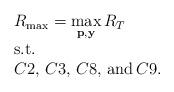
LaTeX: \begin{align*}\begin{array}{l}R_{\max}=\mathop {\max }\limits_{{\bf p},{\bf y}} {R_T}\\{\rm{s}}{\rm{.t}}{\rm{.}}\\C2,\,C3,\,C8,\,{\rm and}\,C9.\end{array}\end{align*}